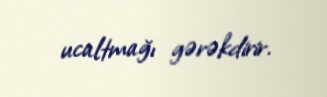
ucaltmağı gərəkdirir.